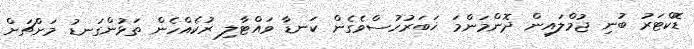
ޑޮކްޓަރު ބުނި ޖުމްލައިން ދޮންމަންމަ ޚަބަރުހުސްވެގެން ކަނޑާ ވައްޓާލި ރުކެއްހެން ތަޅުންގަނޑު މަށްޗަށް